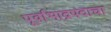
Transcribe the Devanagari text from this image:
पूर्वाभाद्रपदाचा